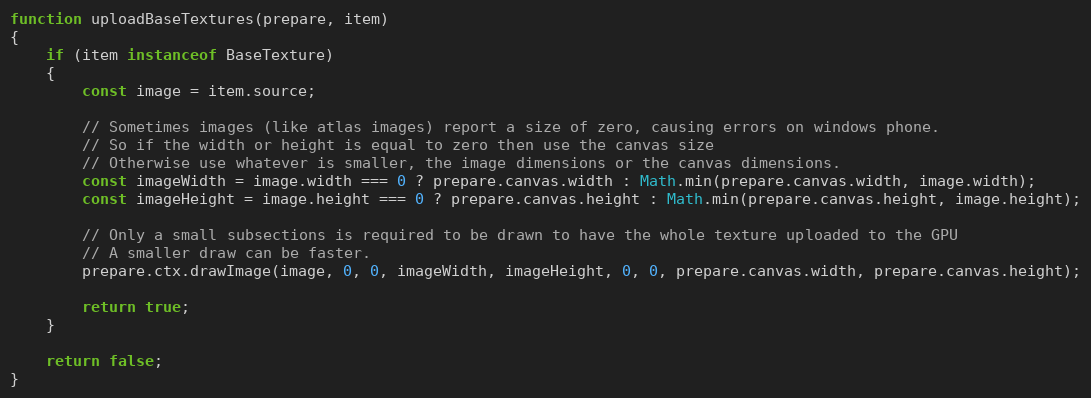
Language: JavaScript
function uploadBaseTextures(prepare, item)
{
    if (item instanceof BaseTexture)
    {
        const image = item.source;

        // Sometimes images (like atlas images) report a size of zero, causing errors on windows phone.
        // So if the width or height is equal to zero then use the canvas size
        // Otherwise use whatever is smaller, the image dimensions or the canvas dimensions.
        const imageWidth = image.width === 0 ? prepare.canvas.width : Math.min(prepare.canvas.width, image.width);
        const imageHeight = image.height === 0 ? prepare.canvas.height : Math.min(prepare.canvas.height, image.height);

        // Only a small subsections is required to be drawn to have the whole texture uploaded to the GPU
        // A smaller draw can be faster.
        prepare.ctx.drawImage(image, 0, 0, imageWidth, imageHeight, 0, 0, prepare.canvas.width, prepare.canvas.height);

        return true;
    }

    return false;
}